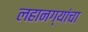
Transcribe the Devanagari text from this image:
लहानग्यांचा